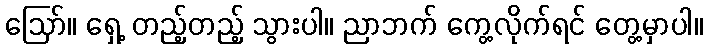
ဪ။ ရှေ့ တည့်တည့် သွားပါ။ ညာဘက် ကွေ့လိုက်ရင် တွေ့မှာပါ။